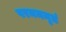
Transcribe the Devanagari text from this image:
परमममृतं